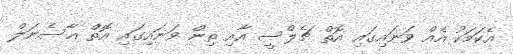
އެކަމަކު އެއް ވަނައިގައި އޮތް ޗެލްސީ އާއި ތިން ވަނައިގައި އޮތް އާސެނަލް